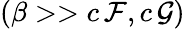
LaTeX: (\beta>>c\, \mathcal{F},c\, \mathcal{G})